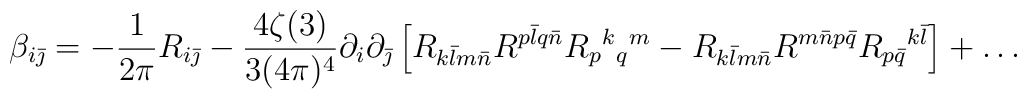
\beta_{i\bar\jmath}=-\frac1{2\pi}R_{i\bar\jmath}-\frac{4\zeta(3)}{3(4\pi)^4}  \partial_i\partial_{\bar\jmath}\left[R_{k\bar lm\bar n}  R^{p\bar lq\bar n}R_p{}^k{}_q{}^m-R_{k\bar lm\bar n}  R^{m\bar np\bar q}R_{p\bar q}{}^{k\bar l}\right]+\ldots